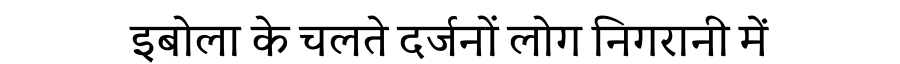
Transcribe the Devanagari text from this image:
इबोला के चलते दर्जनों लोग निगरानी में